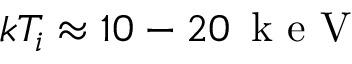
k T _ { i } \approx 1 0 - 2 0 \, \mathrm { ~ k ~ e ~ V ~ }